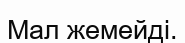
Мал жемейді.